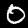
Digit: 0